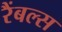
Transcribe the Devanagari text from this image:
रैंबल्स